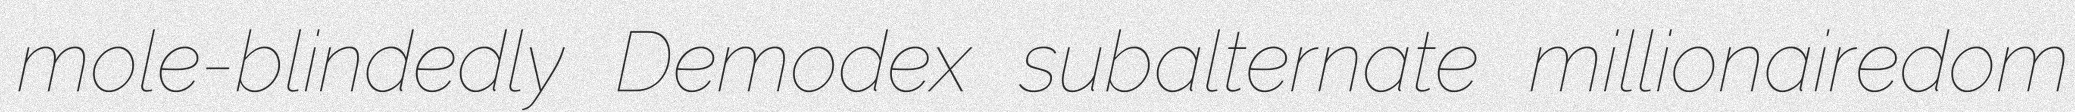
mole-blindedly Demodex subalternate millionairedom